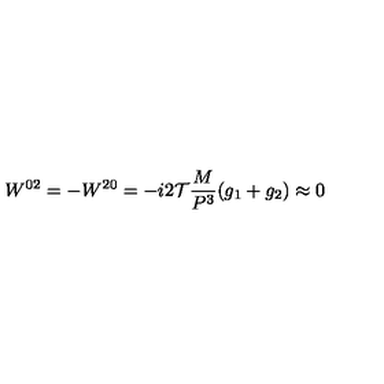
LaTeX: W ^ { 0 2 } = - W ^ { 2 0 } = - i { 2 \mathcal T } { \frac { M } { P ^ { 3 } } } ( g _ { 1 } + g _ { 2 } ) \approx 0